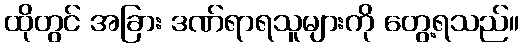
ထိုတွင် အခြား ဒဏ်ရာရသူများကို တွေ့ရသည်။